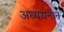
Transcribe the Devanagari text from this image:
अध्ययनाने